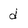
Character: d